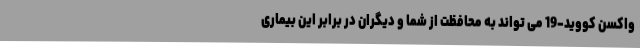
واکسن کووید-19 می تواند به محافظت از شما و دیگران در برابر این بیماری